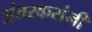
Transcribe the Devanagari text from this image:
अंतरकरांनी